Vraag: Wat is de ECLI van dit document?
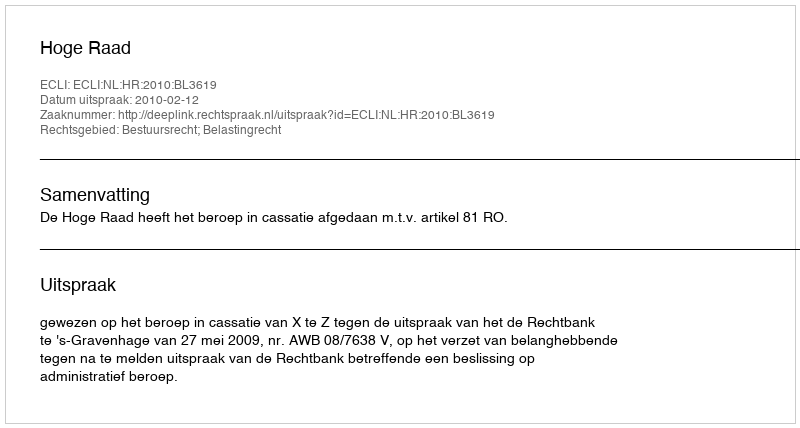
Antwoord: ECLI:NL:HR:2010:BL3619